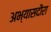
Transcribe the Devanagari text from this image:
अभ्यासदौरा